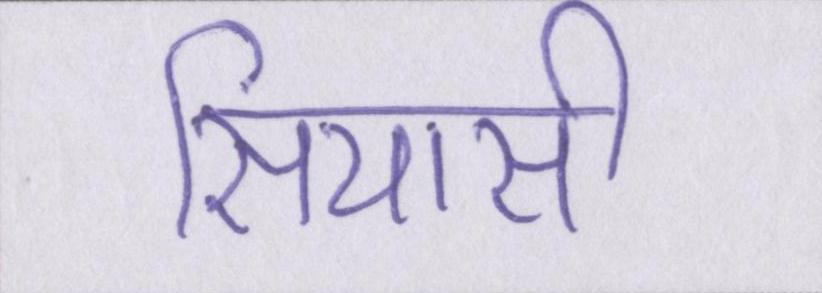
सियासी